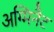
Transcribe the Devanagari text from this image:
अग्मिनैट